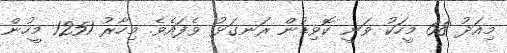
މިއަދު 68 މީހަކު ވަނީ ކޮވިޑުން ރަނގަޅު ވެފައެވެ. މިހާރު 1251 މީހުން